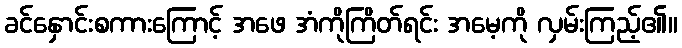
ခင်နှောင်းစကားကြောင့် အဖေ အံကိုကြိတ်ရင်း အမေ့ကို လှမ်းကြည့်၏။